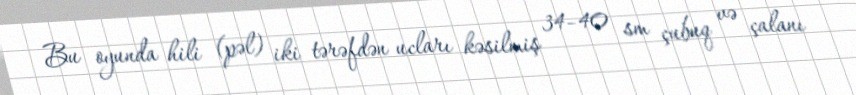
Bu oyunda hili (pəl) iki tərəfdən ucları kəsilmiş 34–40 sm çubuq və çalanı